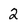
Character: 2